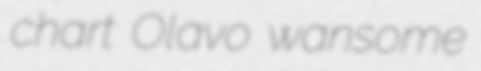
chart Olavo wansome